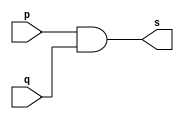
// PUC Minas - Ciencia da Computacao - Arquitetura de Computadores I
// Exemplo0014 - and - 3 entradas 
// Nome: Ana Cristina Pereira Teixeira

// 09.) Construir a tabela_verdade para a porta AND com 4 entradas.
// Obs.: Criar um mdulo que use outros mdulos AND de 2 entradas.

// --------------------- 
// -- and gate
// --------------------- 
module and2gate (output s, input p, input q);
	assign s = (p & q); // vinculo permanente
endmodule // and2gate

module and4gate (output s, input a, input b, input c, input d);
	wire z, z1; // conexao
	and2gate AND2_1 (z, a, b);
	and2gate AND2_2 (z1, z, c);
	and2gate AND2_3 (s, z1, d);
endmodule // and3gate

// --------------------- 
// -- test andgate 
// --------------------- 
module testandgate; 
// ------------------------- dados locais 
	reg a, b, c, d; // definir registrador 
	wire s; // definir conexao (fio) 
// ------------------------- instancia 
	and4gate AND4 (s, a, b, c, d);
// ------------------------- preparacao
	initial begin:start
		a = 0;
		b = 0;
		c = 0;
		d = 0;
	end
// ------------------------- parte principal
	initial begin:main
		$display("Exemplo0014 - Exercicio0009 - Ana Cristina - 427385");
		$display("Test and gate");
		$display("\n a & b & c & d= s\n");
		$monitor("%b & %b & %b & %b = %b", a, b, c, d, s);
		#1 a = 0; b = 0; c = 0; d = 0;
		#1 a = 0; b = 0; c = 0; d = 1;
		#1 a = 0; b = 0; c = 1; d = 0;
		#1 a = 0; b = 0; c = 1; d = 1;
		#1 a = 0; b = 1; c = 0; d = 0;
		#1 a = 0; b = 1; c = 0; d = 1;
		#1 a = 0; b = 1; c = 1; d = 0;
		#1 a = 0; b = 1; c = 1; d = 1;
		#1 a = 1; b = 0; c = 0; d = 0;
		#1 a = 1; b = 0; c = 0; d = 1;
		#1 a = 1; b = 0; c = 1; d = 0;
		#1 a = 1; b = 0; c = 1; d = 1;
		#1 a = 1; b = 1; c = 0; d = 0;
		#1 a = 1; b = 1; c = 0; d = 1;
		#1 a = 1; b = 1; c = 1; d = 0;
		#1 a = 1; b = 1; c = 1; d = 1;
	end
endmodule // testandgate